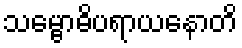
သမ္ဗောဓိပရာယနောတိ